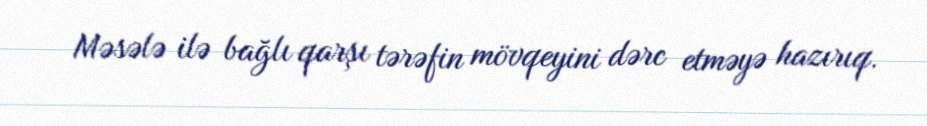
Məsələ ilə bağlı qarşı tərəfin mövqeyini dərc etməyə hazırıq.